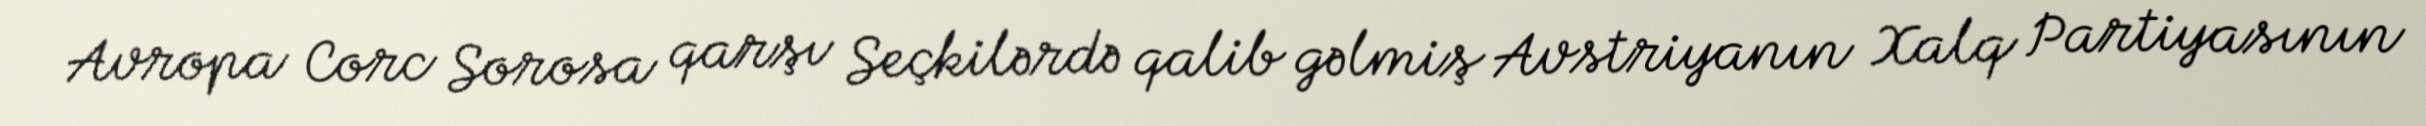
Avropa Corc Sorosa qarşı Seçkilərdə qalib gəlmiş Avstriyanın Xalq Partiyasının